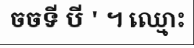
ចចទី បី ' ។ ឈ្មោះ